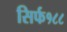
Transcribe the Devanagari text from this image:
सिर्फ१८८